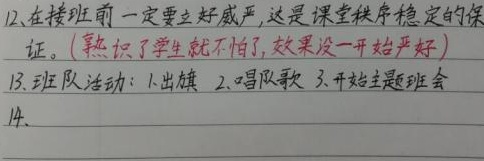
12. 在接班前一定要立好威严，这是课堂秩序稳定的保证。(熟识了学生就不怕了，效果没一开始严好)
13. 班队活动：1.出旗 2.唱队歌 3.开始主题班会
14.